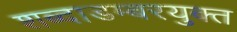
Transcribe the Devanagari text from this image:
शब्दाडम्बरयुक्त